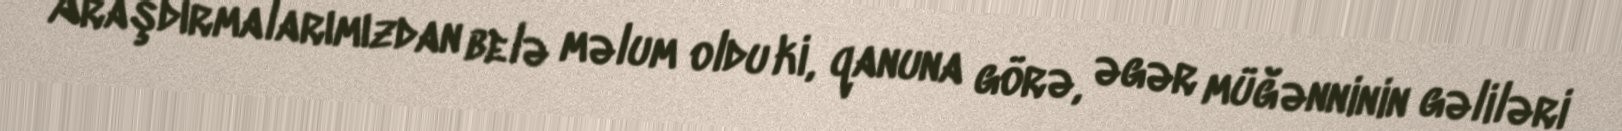
Araşdırmalarımızdan belə məlum oldu ki, qanuna görə, əgər müğənninin gəliləri